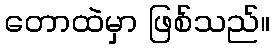
တောထဲမှာ ဖြစ်သည်။